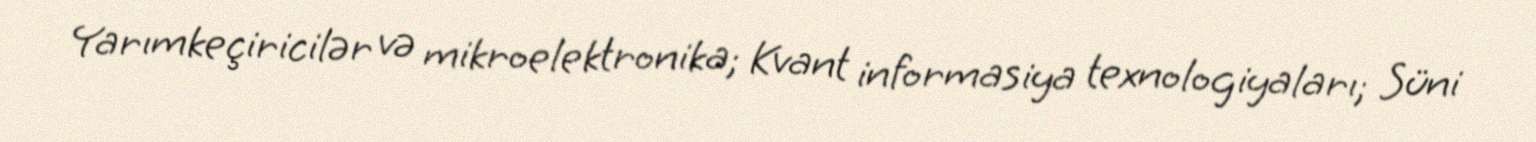
Yarımkeçiricilər və mikroelektronika; Kvant informasiya texnologiyaları; Süni